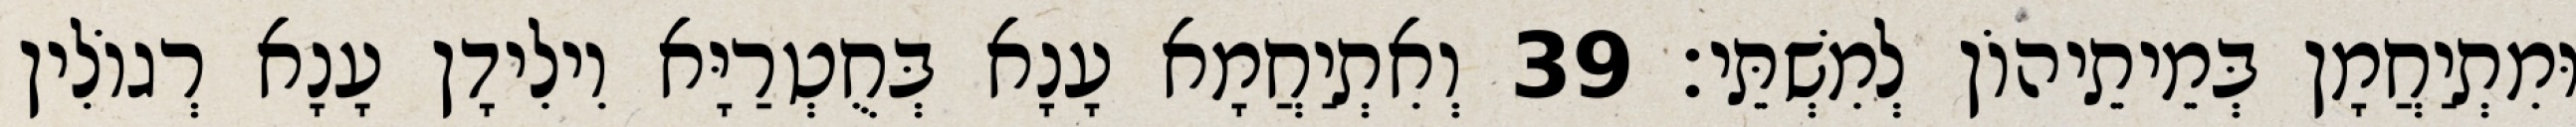
וּמִתְיַחֲמָן בְּמֵיתֵיהוֹן לְמִשְׁתֵּי׃ 39 וְאִתְיַחֲמָא עָנָא בְּחֻטְרַיָּא וִילִידָן עָנָא רְגוֹלִין